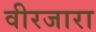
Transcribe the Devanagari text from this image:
वीरजारा